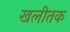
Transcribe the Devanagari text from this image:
खलीतक